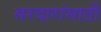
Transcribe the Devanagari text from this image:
सरदारांसाठी